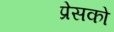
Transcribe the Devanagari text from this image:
प्रेसको